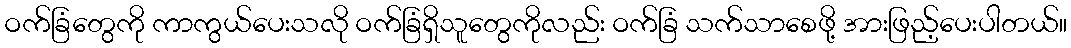
ဝက်ခြံတွေကို ကာကွယ်ပေးသလို ဝက်ခြံရှိသူတွေကိုလည်း ဝက်ခြံ သက်သာစေဖို့ အားဖြည့်ပေးပါတယ်။